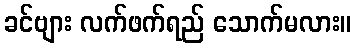
ခင်ဗျား လက်ဖက်ရည် သောက်မလား။